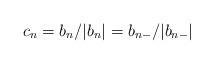
LaTeX: \begin{align*} c_n = b_n/|b_n| = b_{n-}/|b_{n-}|\end{align*}